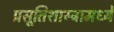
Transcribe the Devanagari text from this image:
प्रसूतिशास्त्रामध्ये